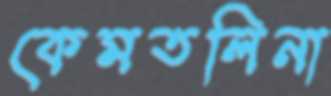
কেমতলিনা